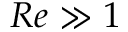
R e \gg 1